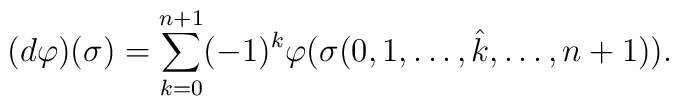
(d \varphi) (\sigma) = \sum_{k=0}^{n+1} (-1)^k \varphi (\sigma ( 0, 1, \dots,\hat k, \dots, n+1)).